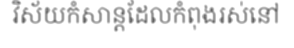
វិស័យកំសាន្តដែលកំពុងរស់នៅ